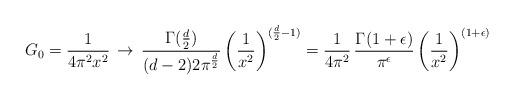
LaTeX: \begin{align*}G_{0} = \frac{1}{4 \pi^2 x^2} \, \rightarrow \, \frac{\Gamma(\frac{d}{2})} {(d - 2) 2 \pi^\frac{d}{2}} \, \biggl(\frac{1}{x^2}\biggr)^{(\frac{d}{2} - 1)} = \frac{1}{4 \pi^2} \, \frac{\Gamma(1 + \epsilon)}{\pi^\epsilon} \, \biggl(\frac{1}{x^2}\biggr)^{(1 + \epsilon)}\end{align*}